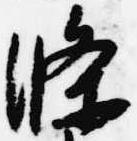
条